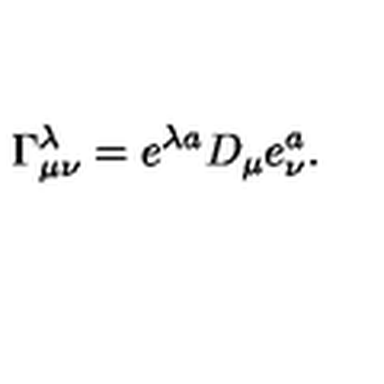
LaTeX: \Gamma _ { \mu \nu } ^ { \lambda } = e ^ { \lambda a } D _ { \mu } e _ { \nu } ^ { a } .